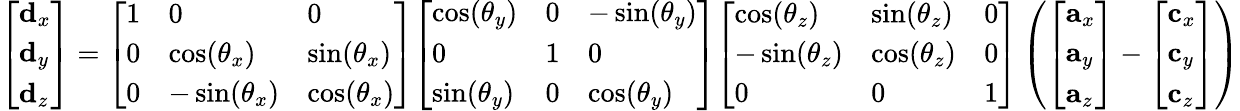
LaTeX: {\left[\begin{array}{l}{\mathbf{d}_{x}}\\ {\mathbf{d}_{y}}\\ {\mathbf{d}_{z}}\end{array}\right]}={\left[\begin{array}{lll}{1}&{0}&{0}\\ {0}&{\cos(\mathbf{\theta}_{x})}&{\sin(\mathbf{\theta}_{x})}\\ {0}&{-\sin(\mathbf{\theta}_{x})}&{\cos(\mathbf{\theta}_{x})}\end{array}\right]}{\left[\begin{array}{lll}{\cos(\mathbf{\theta}_{y})}&{0}&{-\sin(\mathbf{\theta}_{y})}\\ {0}&{1}&{0}\\ {\sin(\mathbf{\theta}_{y})}&{0}&{\cos(\mathbf{\theta}_{y})}\end{array}\right]}{\left[\begin{array}{lll}{\cos(\mathbf{\theta}_{z})}&{\sin(\mathbf{\theta}_{z})}&{0}\\ {-\sin(\mathbf{\theta}_{z})}&{\cos(\mathbf{\theta}_{z})}&{0}\\ {0}&{0}&{1}\end{array}\right]}\left({{\left[\begin{array}{l}{\mathbf{a}_{x}}\\ {\mathbf{a}_{y}}\\ {\mathbf{a}_{z}}\end{array}\right]}-{\left[\begin{array}{l}{\mathbf{c}_{x}}\\ {\mathbf{c}_{y}}\\ {\mathbf{c}_{z}}\end{array}\right]}}\right)